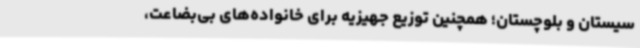
سیستان و بلوچستان؛ همچنین توزیع جهیزیه برای خانواده‌های بی‌بضاعت،